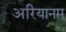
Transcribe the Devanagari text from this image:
अरियानम्